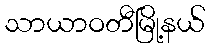
သာယာဝတီမြို့နယ်